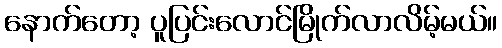
နောက်တော့ ပူပြင်းလောင်မြိုက်လာလိမ့်မယ်။